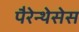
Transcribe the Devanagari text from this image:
पैरेन्थेसेस